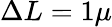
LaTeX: \Delta L=1\mu